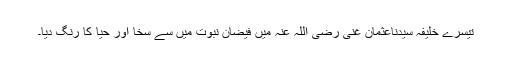
تیسرے خلیفہ سیدناعثمان غنی رضی اللہ عنہ میں فیضانِ نبوت میں سے سخا اور حیا کا رنگ دیا۔